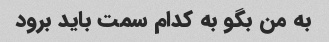
به من بگو به کدام سمت باید برود